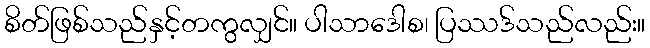
စိတ်ဖြစ်သည်နှင့်တကွလျှင်။ ပါသာဒေါစ၊ ပြဿဒ်သည်လည်း။